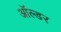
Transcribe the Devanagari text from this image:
ऑल्‍डर